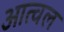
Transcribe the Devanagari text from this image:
आत्वल